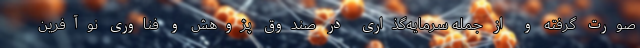
صورت گرفته و از جمله سرمایه‌‌گذاری در صندوق پژوهش و فناوری نوآفرین